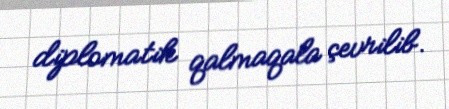
diplomatik qalmaqala çevrilib.